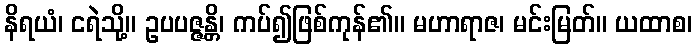
နိရယံ၊ ငရဲသို့။ ဥပပဇ္ဇန္တိ၊ ကပ်၍ဖြစ်ကုန်၏။ မဟာရာဇ၊ မင်းမြတ်။ ယထာစ၊